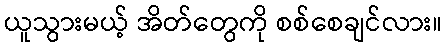
ယူသွားမယ့် အိတ်တွေကို စစ်စေချင်လား။